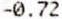
-0.72